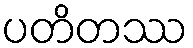
ပတိတဿ